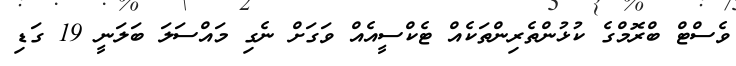
ވެސްޓް ބްރޮމްގެ ކުޅުންތެރިންތަކެއް ޓެކްސީއެއް ވަގަށް ނެގި މައްސަލަ ބަލަނީ 19 ގަޑި